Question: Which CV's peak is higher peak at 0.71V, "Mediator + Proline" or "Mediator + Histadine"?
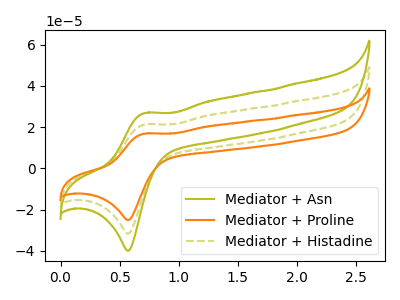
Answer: <think>The olive curve "Mediator + Asn" has an anodic peak at (0.70V, 42.45uA) and a cathodic peak at (0.55V, -63.40uA). The orange curve "Mediator + Proline" has an anodic peak at (0.70V, 16.80uA) and a cathodic peak at (0.55V, -25.10uA). The olive dashed curve "Mediator + Histadine" has an anodic peak at (0.70V, 21.20uA) and a cathodic peak at (0.55V, -31.70uA).</think>
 <answer>The peak at 0.71V is lower in "Mediator + Proline" than in "Mediator + Histadine".</answer>
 <eval>lower</eval>